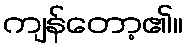
ကျန်တော့၏။